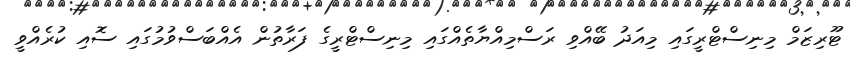
ޓޫރިޒަމް މިނިސްޓްރީގައި މިއަދު ބޭއްވި ރަސްމިއްޔާތެއްގައި މިނިސްޓްރީގެ ފަރާތުން އެއްބަސްވުމުގައި ސޮއި ކުރެއްވީ